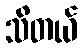
သိတယ်